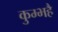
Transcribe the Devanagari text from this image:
कुम्भहै